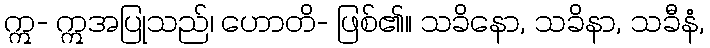
ဣ- ဣအပြုသည်၊ ဟောတိ- ဖြစ်၏။ သခိနော, သခိနာ, သခီနံ,